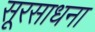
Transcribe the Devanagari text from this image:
सूरसाधना